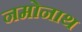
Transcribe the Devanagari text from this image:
नमोनाथ